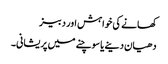
کھانے کی خواہش اور دبیز
دھیان دینے یا سوچنے میں پریشانی۔